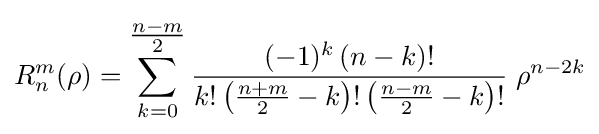
R_{n}^{m}(\rho )=\sum _{k=0}^{\tfrac {n-m}{2}}{\frac {(-1)^{k}\,(n-k)!}{k!\left({\tfrac {n+m}{2}}-k\right)!\left({\tfrac {n-m}{2}}-k\right)!}}\;\rho ^{n-2k}